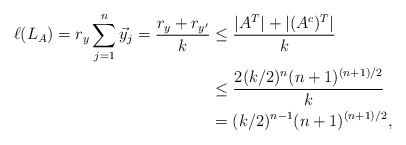
\begin{align*}\ell(L_A)=r_y\sum_{j=1}^n \vec{y}_j=\frac{r_y+r_{y'}}{k}&\leq \frac{|A^T|+|(A^c)^T|}{k}\\&\leq \frac{2(k/2)^n(n+1)^{(n+1)/2}}{k}\\&= (k/2)^{n-1}(n+1)^{(n+1)/2},\end{align*}